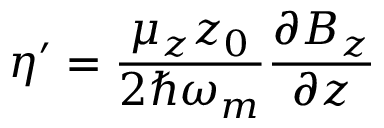
\eta ^ { \prime } = \frac { \mu _ { z } z _ { 0 } } { 2 \hbar \omega _ { m } } \frac { \partial B _ { z } } { \partial z }